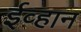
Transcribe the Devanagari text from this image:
ईव्हान